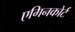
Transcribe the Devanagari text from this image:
एगिनकोर्ट